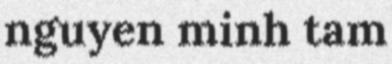
nguyen minh tam